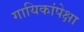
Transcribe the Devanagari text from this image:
गायिकांपेक्षा